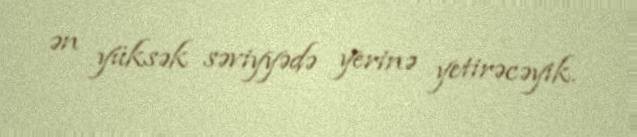
ən yüksək səviyyədə yerinə yetirəcəyik.